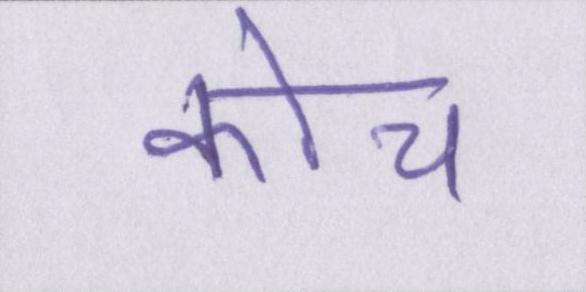
कोच